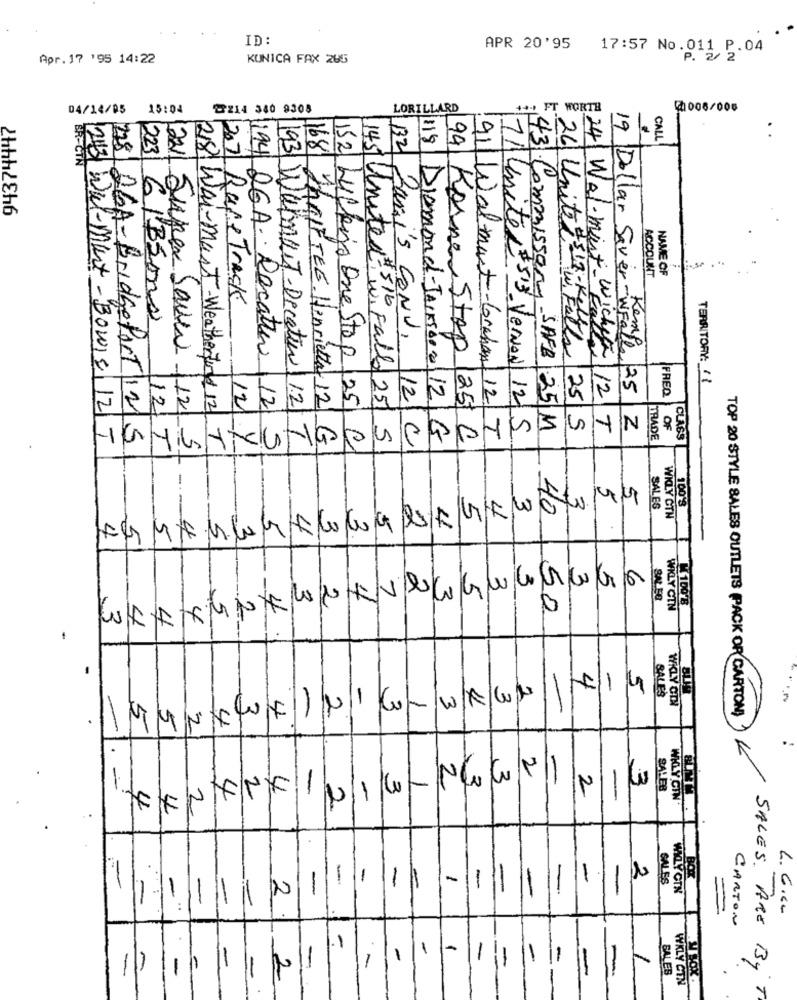
ID:
APR 20'95
17:57 No.011 P.04
Apr. 17 '95 14:22
KONICA FAX 265
04/14/05 15:04
2214 340 9308
LORILLARD
@006/006
94374447
ER-
CALL
228
223
ETN
132
NAME OF
ACCOUNT
207 Race Track
:43 Commissary
145 United 516
GIBSons
26 Unite & 17 - Kell
Zugi's CONV.
94 Kornen Stop
Falls
TERRITORY: 11
19 Dollar Saver - Wealle 25
FREQ
/12/
193 Walmart-Dicatie 12
E24 Wal- mint_ wichesa 12
Super Sauc /12
7/unite ( 53) VerON 12 5
SAFB 25 1
255
T
Z
OF
243 Wal-mart-Bowie 12 I
26A-BridgePort :25
168 ThRIFTEG Henrietta 12 G
Wi Fallo 25/ 5
12/C
Diamond-Jackson: 12 G
25 C
91 Wal-mart-Graham 12/T
TRADE
CLASS
12/T
218 Wal-mart-Weatherford 12 T
194|Q6A. Decatur 12 5
152|LUCKno One Stop 25 C
-
5
3
3
SALES
100'S
5
4
40
WILY CTN
5
5
4
3
2
5
2
4
4
5
- - -
5
3
3
3
6
1
7
3
5
3
2
3
5
W100'B
4
50
WKLY CTN
. 3
4
4
5
4
4
-
SALES
-
3
2
5
WKLY CIN
3
2
3
1
3
4
-
5
5
4
4
-
TOP 20 STYLE SALES OUTLETS (PACK OR CARTON)
5
..
2
-
13
3
-
3
4
4
-
3
1
2
2
SALES
2
-
WHOLY CIN
4
2
2
2
-
-
-
-
-
SALES
-
2
-
-
-
-
-
-
WKLY CTN
-
-
-"
L. 61cm
CARTON
-
-
1
-
1
-
-
-
11
11
-
SALES
SALES ARE By
-
-
2
-
WKLY CTN
T